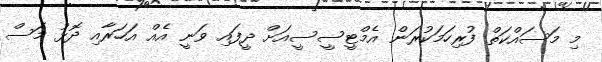
މި މަސައްކަތް ފުރިހަމަކުރަން އެމްޓީސީސީއަށް ދީފައި ވަނީ އެއް އަހަރާއި ދޮޅު މަސް